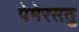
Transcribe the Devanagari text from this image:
पेमेरसतु